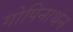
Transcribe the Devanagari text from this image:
गोपिनाथन